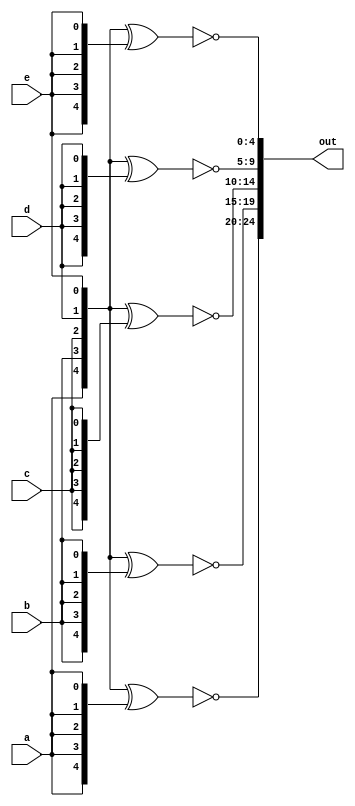
module top_module (
    input a, b, c, d, e,
    output [24:0] out );//
    // The output is XNOR of two vectors created by 
    // concatenating and replicating the five inputs.
    // assign out = ~{ ... } ^ { ... };
    wire [4:0] concat_replicate = {a, b, c, d, e};
	
    // GPT   
    generate
        genvar i;
        for (i = 0; i < 5; i = i + 1) begin : gen_xnor
            assign out[i*5 +: 5] = ~(concat_replicate ^ {5{concat_replicate[i]}});
        end
    endgenerate
endmodule